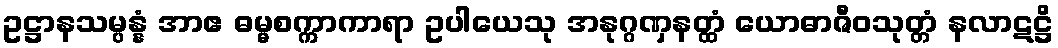
ဥဋ္ဌာနသမ္ပန္နံ အာဧ ဓမ္မစက္ကာကာရာ ဥပါယေသု အနုဂ္ဂဏှနတ္ထံ ယောဓာဇီဝသုတ္တံ နလာဋဋ္ဌိ